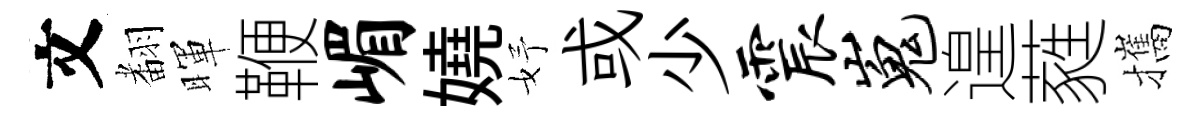
文𮋒暉鞭嵋嬈妤或少震嵬遑蕤攜